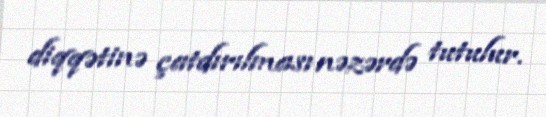
diqqətinə çatdırılması nəzərdə tutulur.